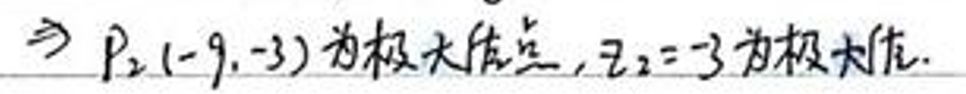
$\Rightarrow P_2(-9,-3)$为极大值点，$z_2=-3$为极大值.